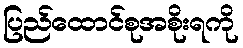
ပြည်ထောင်စုအစိုးရကို